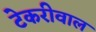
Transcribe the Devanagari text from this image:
टेकरीवाल